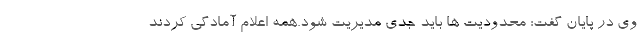
وی در پایان گفت: محدودیت ها باید جدی مدیریت شود.همه اعلام آمادگی کردند